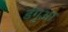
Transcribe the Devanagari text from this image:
डंगुआ